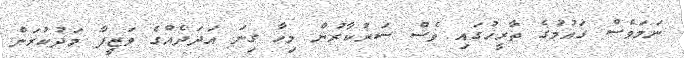
ނަމަވެސް ގައުމުގެ ތާރީހުގައި ވެސް ސަރުކާރުން މިހާ ގިނަ އަދަދެއްގެ ވަޒީފާ މަދުކުރަން